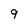
Character: 9